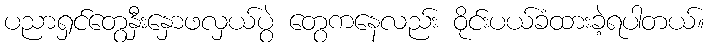
ပညာရှင်တွေနှီးနှောဖလှယ်ပွဲ တွေကနေလည်း ဝိုင်းပယ်ခံထားခဲ့ရပါတယ်။